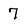
Character: 7